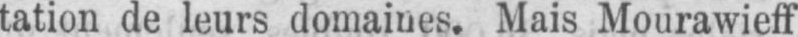
tation de leurs domaines. Mais Mourawieff